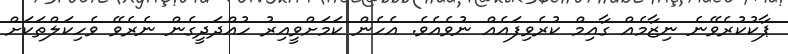
ޕާކުކުރެވޭނެ ނިޒާމެއް ގާއިމް ކުރެވިފައެއް ނުވެއެވެ. އެހެން ކަމަށްވީއިރު ހުއްދަދީގެން ނެރެވޭ ވެހިކަލްތަކަށް